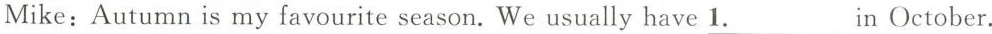
Mike: Autumn is my favourite season. We usually have \underline{1.}in October.